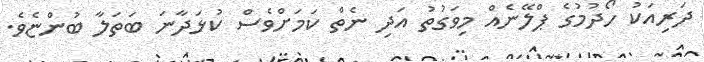
ދަރިއަކު ހޯދުމުގެ ޕްލޭނެއް މިވަގުތު އަދި ނެތް ކަމަށްވެސް ކުޅަދާނަ ބަތަލާ ބުންޏެވެ.